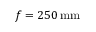
f = 2 5 0 \: \mathrm { m m }